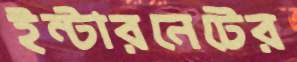
ইন্টারনেটের